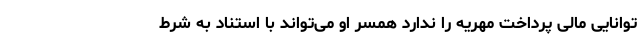
توانایی مالی پرداخت مهریه را ندارد همسر او می‌تواند با استناد به شرط